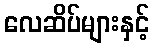
လေဆိပ်များနှင့်